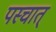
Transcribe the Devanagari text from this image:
पस्चात्